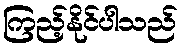
ကြည့်နိုင်ပါသည်